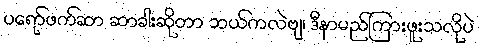
ပရော်ဖက်ဆာ ဆာခါးဆိုတာ ဘယ်ကလဲဗျ၊ ဒီနာမည်ကြားဖူးသလိုပဲ